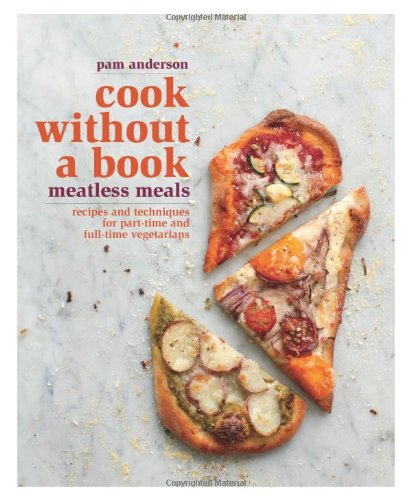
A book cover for Cook without a Book: Meatless Meals: Recipes and Techniques for Part-Time and Full-Time Vegetarians; Pam Anderson; Health, Fitness & Dieting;